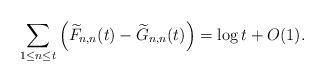
LaTeX: \begin{align*}\sum_{1\le n\le t} \left(\widetilde{F}_{n,n}(t) - \widetilde{G}_{n,n}(t)\right) = \log t+O(1).\end{align*}